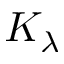
K _ { \lambda }